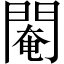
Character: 閹